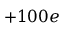
+ 1 0 0 e